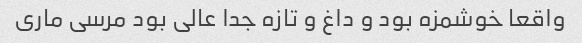
واقعا خوشمزه بود و داغ و تازه جدا عالی بود مرسی ماری